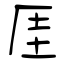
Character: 厓